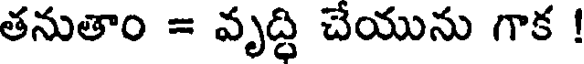
తనుతాం = వృద్ధి చేయును గాక !